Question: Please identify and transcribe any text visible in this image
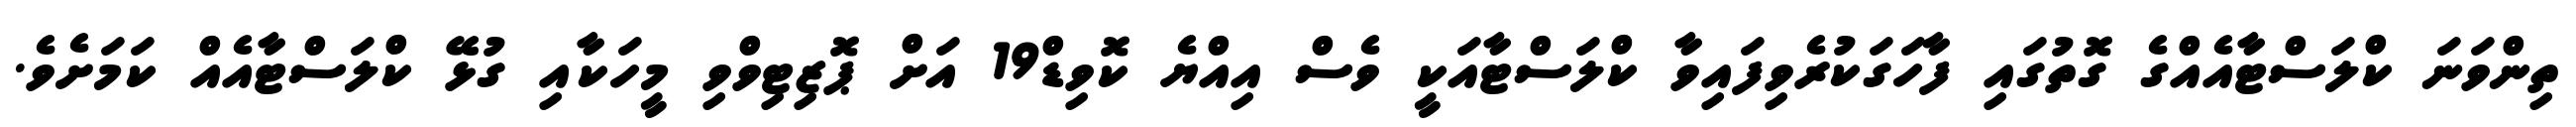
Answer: ތިންވަނަ ކްލަސްޓާއެއްގެ ގޮތުގައި ފާހަގަކުރެވިފައިވާ ކްލަސްޓާއަކީ ވެސް އިއްޔެ ކޮވިޑް19 އަށް ޕޮޒިޓިވްވި މީހަކާއި ގުޅޭ ކްލަސްޓާއެއް ކަމަށެވެ.